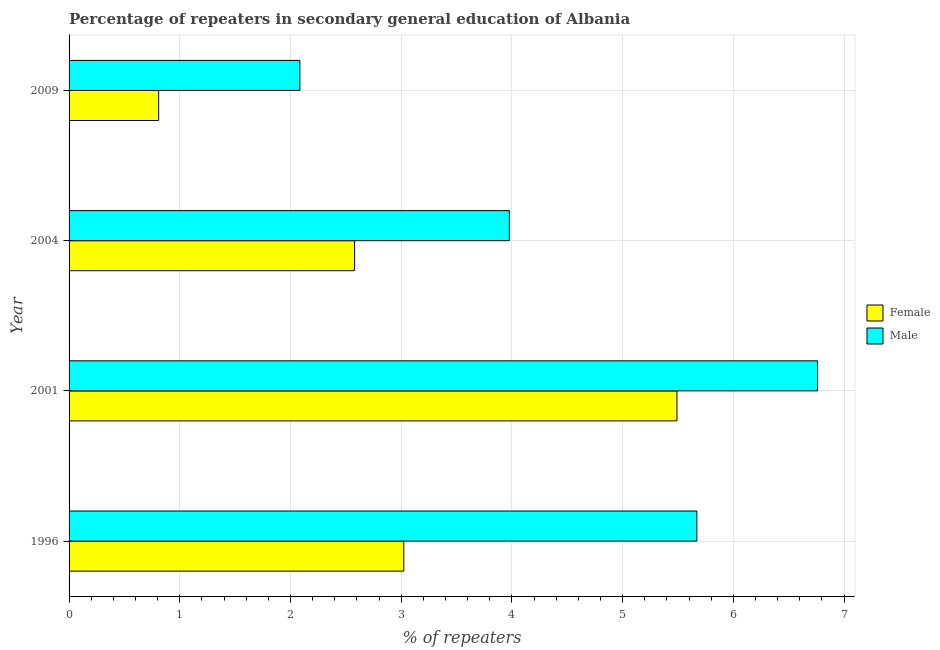
| Year | Female | Male |
 | --- | --- | --- |
 | 1996 | 3.02 | 5.67 |
 | 2001 | 5.49 | 6.76 |
 | 2004 | 2.58 | 3.98 |
 | 2009 | 0.809 | 2.08 |